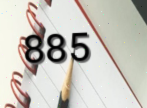
885